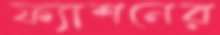
ফ্যাশনের